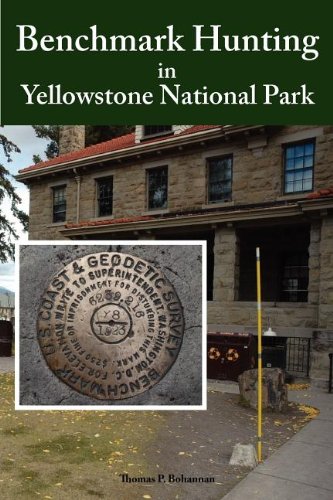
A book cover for Benchmark Hunting in Yellowstone National Park; Thomas P. Bohannan; Travel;